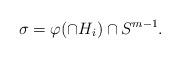
LaTeX: \begin{align*}\sigma=\varphi(\cap H_i)\cap S^{m-1}.\end{align*}